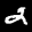
Label: 2